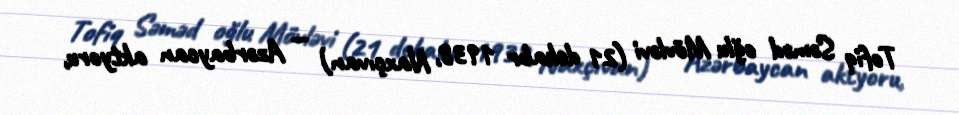
Tofiq Səməd oğlu Mövləvi (21 dekabr 1938, Naxçıvan) — Azərbaycan aktyoru,